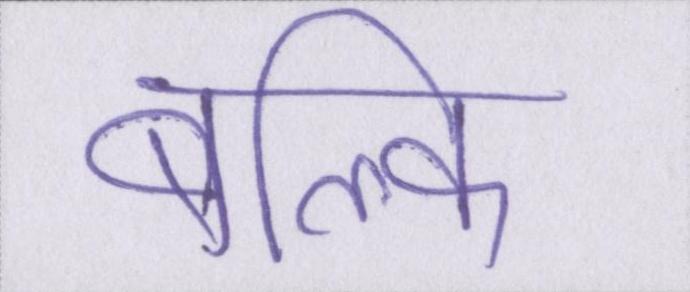
बल्कि